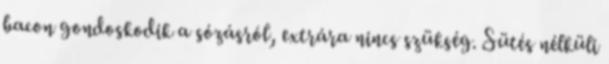
bacon gondoskodik a sózásról, extrára nincs szükség. Sütés nélküli